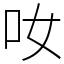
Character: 𠯆